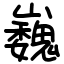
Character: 巍